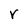
Character: r